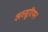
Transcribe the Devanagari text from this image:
अस्सुरियन